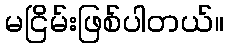
မငြိမ်းဖြစ်ပါတယ်။